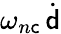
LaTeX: \omega_{n\mathsf{c}}\, \dot{{{\mathsf{{d}}}}}